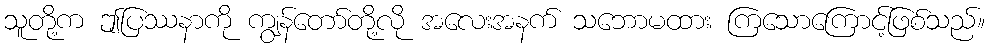
သူတို့က ဤပြဿနာကို ကျွန်တော်တို့လို အလေးအနက် သဘောမထား ကြသောကြောင့်ဖြစ်သည်။